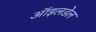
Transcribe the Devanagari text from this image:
ऑइलडेल